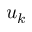
u _ { k }